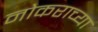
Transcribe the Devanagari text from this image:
नोकराच्या